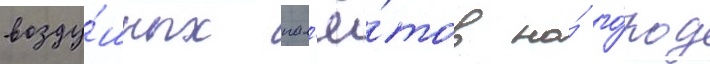
возду́шных нал'ё́тов на́ го́род